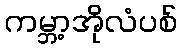
ကမ္ဘာ့အိုလံပစ်